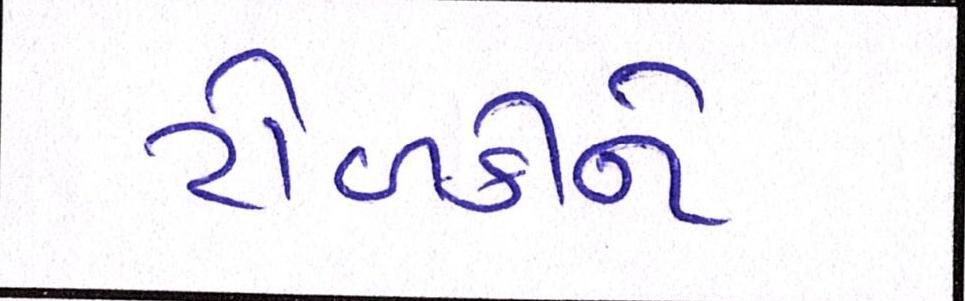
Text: ટોળકીને